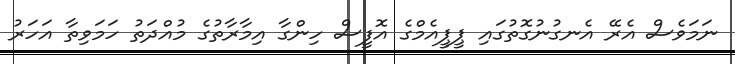
ނަމަވެސް އެރޭ އެނގުނުގޮތުގައި ޕީޕީއެމްގެ އޮފީސް ހިންގާ އިމާރާތުގެ މުއްދަތު ހަމަވިތާ އަހަރު